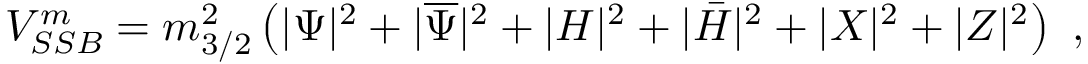
V _ { S S B } ^ { m } = m _ { 3 / 2 } ^ { 2 } \left( | \Psi | ^ { 2 } + | \overline { { { \Psi } } } | ^ { 2 } + | H | ^ { 2 } + | \bar { H } | ^ { 2 } + | X | ^ { 2 } + | Z | ^ { 2 } \right) ~ ,